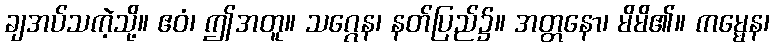
ချအပ်သကဲ့သို့။ ဧဝံ၊ ဤအတူ။ သဂ္ဂေန၊ နတ်ပြည်၌။ အတ္တနော၊ မိမိ၏။ ကမ္မေန၊